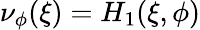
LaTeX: \nu_{\phi}(\xi)=H_{1}(\xi,\phi)